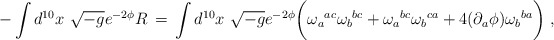
\begin{align*}- \int d^{10}x\ \sqrt {-g}e^{-2\phi}R \, =\, \int d^{10}x\ \sqrt {-g}e^{-2\phi}\biggl (\omega_a{}^{ac}\omega_b{}^{bc} + \omega_a{}^{bc}\omega_b{}^{ca}+ 4 (\partial_a\phi)\omega_b{}^{ba} \biggr ) \ ,\end{align*}